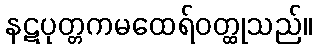
နဋပုတ္တကမထေရ်ဝတ္ထုသည်။